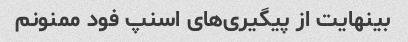
بینهایت از پیگیری‌های اسنپ فود ممنونم